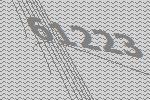
61223